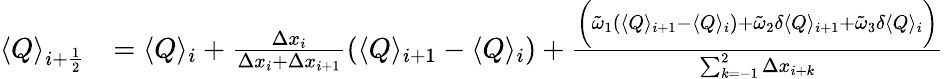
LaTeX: \begin{array}{rl}{\langle Q\rangle_{i+\frac{1}{2}}}&{=\langle Q\rangle_{i}+\frac{\Delta x_{i}}{\Delta x_{i}+\Delta x_{i+1}}\left(\langle Q\rangle_{i+1}-\langle Q\rangle_{i}\right)+\frac{\bigg(\tilde{\omega}_{1}(\langle Q\rangle_{i+1}-\langle Q\rangle_{i})+\tilde{\omega}_{2}\delta\langle Q\rangle_{i+1}+\tilde{\omega}_{3}\delta\langle Q\rangle_{i}\bigg)}{\sum_{k=-1}^{2}\Delta x_{i+k}}}\end{array}